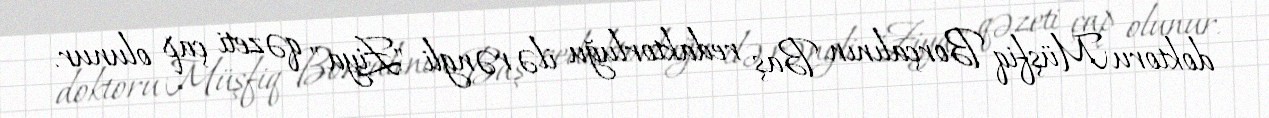
doktoru Müşfiq Borçalının Baş redaktorluğu ilə rəngli "Ziya" qəzeti çap olunur.